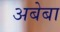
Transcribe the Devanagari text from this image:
अबेबा